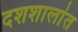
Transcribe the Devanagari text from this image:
दशशालांत